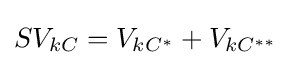
SV_{kC}=V_{kC^{*}}+V_{kC^{**}}